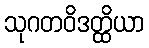
သုဂတဝိဒတ္ထိယာ